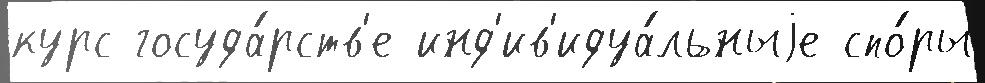
курс госуда́рств'е инд'ив'идуа́льныjе спо́ры